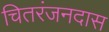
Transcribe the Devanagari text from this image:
चितरंजनदास